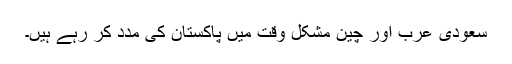
سعودی عرب اور چین مشکل وقت میں پاکستان کی مدد کر رہے ہیں۔